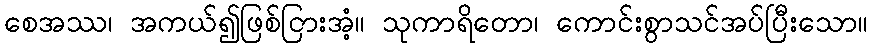
စေအဿ၊ အကယ်၍ဖြစ်ငြားအံ့။ သုကာရိတော၊ ကောင်းစွာသင်အပ်ပြီးသော။